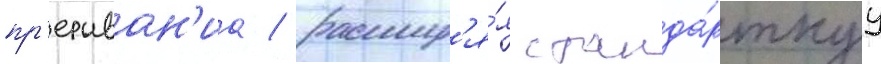
пр'ерыван'иа / расшир'я́я станда́ртнуу